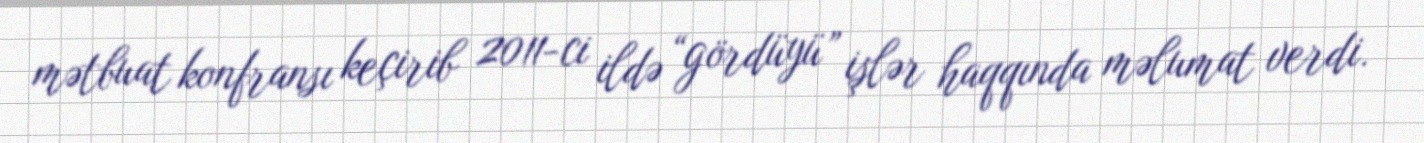
mətbuat konfransı keçirib 2011-ci ildə “gördüyü” işlər haqqında məlumat verdi.